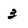
Character: 3